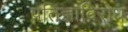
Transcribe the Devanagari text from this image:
प्रतिज्ञाविरोध